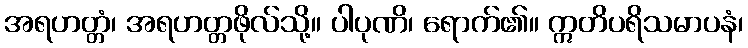
အရဟတ္တံ၊ အရဟတ္တဖိုလ်သို့။ ပါပုဏိ၊ ရောက်၏။ ဣတိပရိသမာပနံ၊